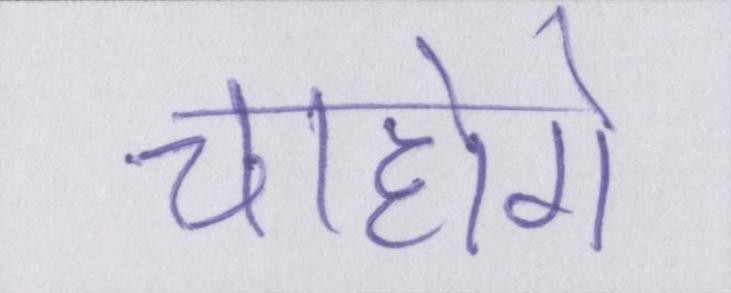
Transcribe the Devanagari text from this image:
चाहोगे